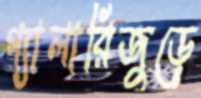
গ্যালারিজুড়ে